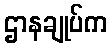
ဌာနချုပ်က